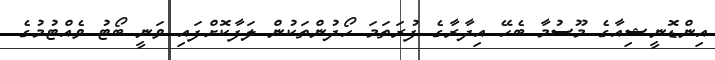
އިންޑޮނީޝިއާގެ މޫސުމާ ބެހޭ އިދާރާގެ ފުރަތަމަ ހޯދުންތަކުން ލަފާކޮށްފައި ވަނީ ބޯޓު ވެއްޓުމުގެ